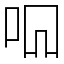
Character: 𫩦